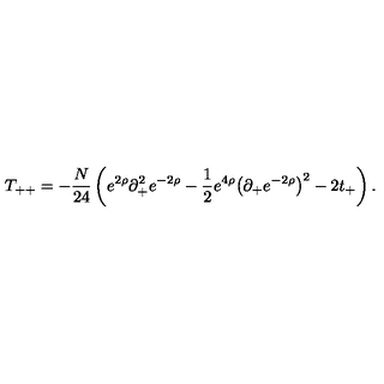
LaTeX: T _ { + + } = - { \frac { N } { 2 4 } } \left( e ^ { 2 \rho } \partial _ { + } ^ { 2 } e ^ { - 2 \rho } - { \frac { 1 } { 2 } } e ^ { 4 \rho } { \left( \partial _ { + } e ^ { - 2 \rho } \right) } ^ { 2 } - 2 t _ { + } \right) .